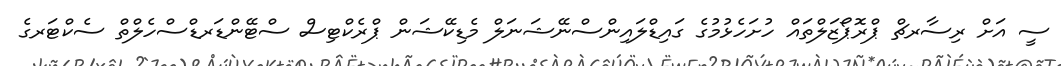
ސީ އަށް ރިސާރޗް ޕްރޮޕޯޒަލްތައް ހުށަހެޅުމުގެ ގައިޑްލައިންސްނޭޝަނަލް މެޑިކޭޝަން ޕްރެކްޓިސް ސްޓޭންޑަރޑްސްހެލްތް ސެކްޓަރގެ